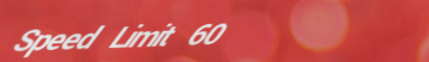
Speed Limit 60